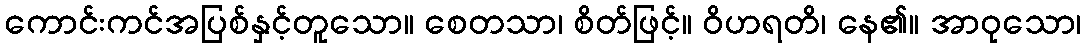
ကောင်းကင်အပြစ်နှင့်တူသော။ စေတသာ၊ စိတ်ဖြင့်။ ဝိဟရတိ၊ နေ၏။ အာဝုသော၊